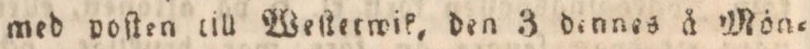
med poſten till Weſtetwik, den 3 dennes å Mön=